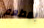
بمطعم